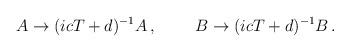
LaTeX: \begin{align*}A\rightarrow (icT+d)^{-1}A\, , ~~~~~~~B\rightarrow (icT+d)^{-1}B\, .\end{align*}